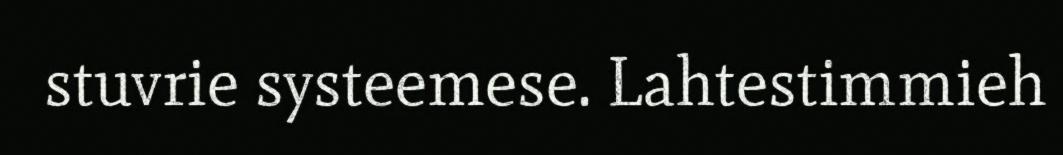
stuvrie systeemese. Lahtestimmieh